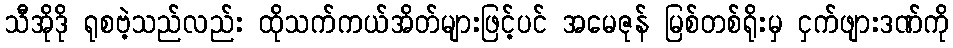
သီအိုဒို ရုစဗဲ့သည်လည်း ထိုသက်ကယ်အိတ်များဖြင့်ပင် အမေဇုန် မြစ်တစ်ရိုးမှ ငှက်ဖျားဒဏ်ကို